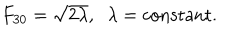
LaTeX: F _ { 3 0 } = \sqrt { 2 \lambda } , \; \; \lambda = \mathrm { c o n s t a n t } .